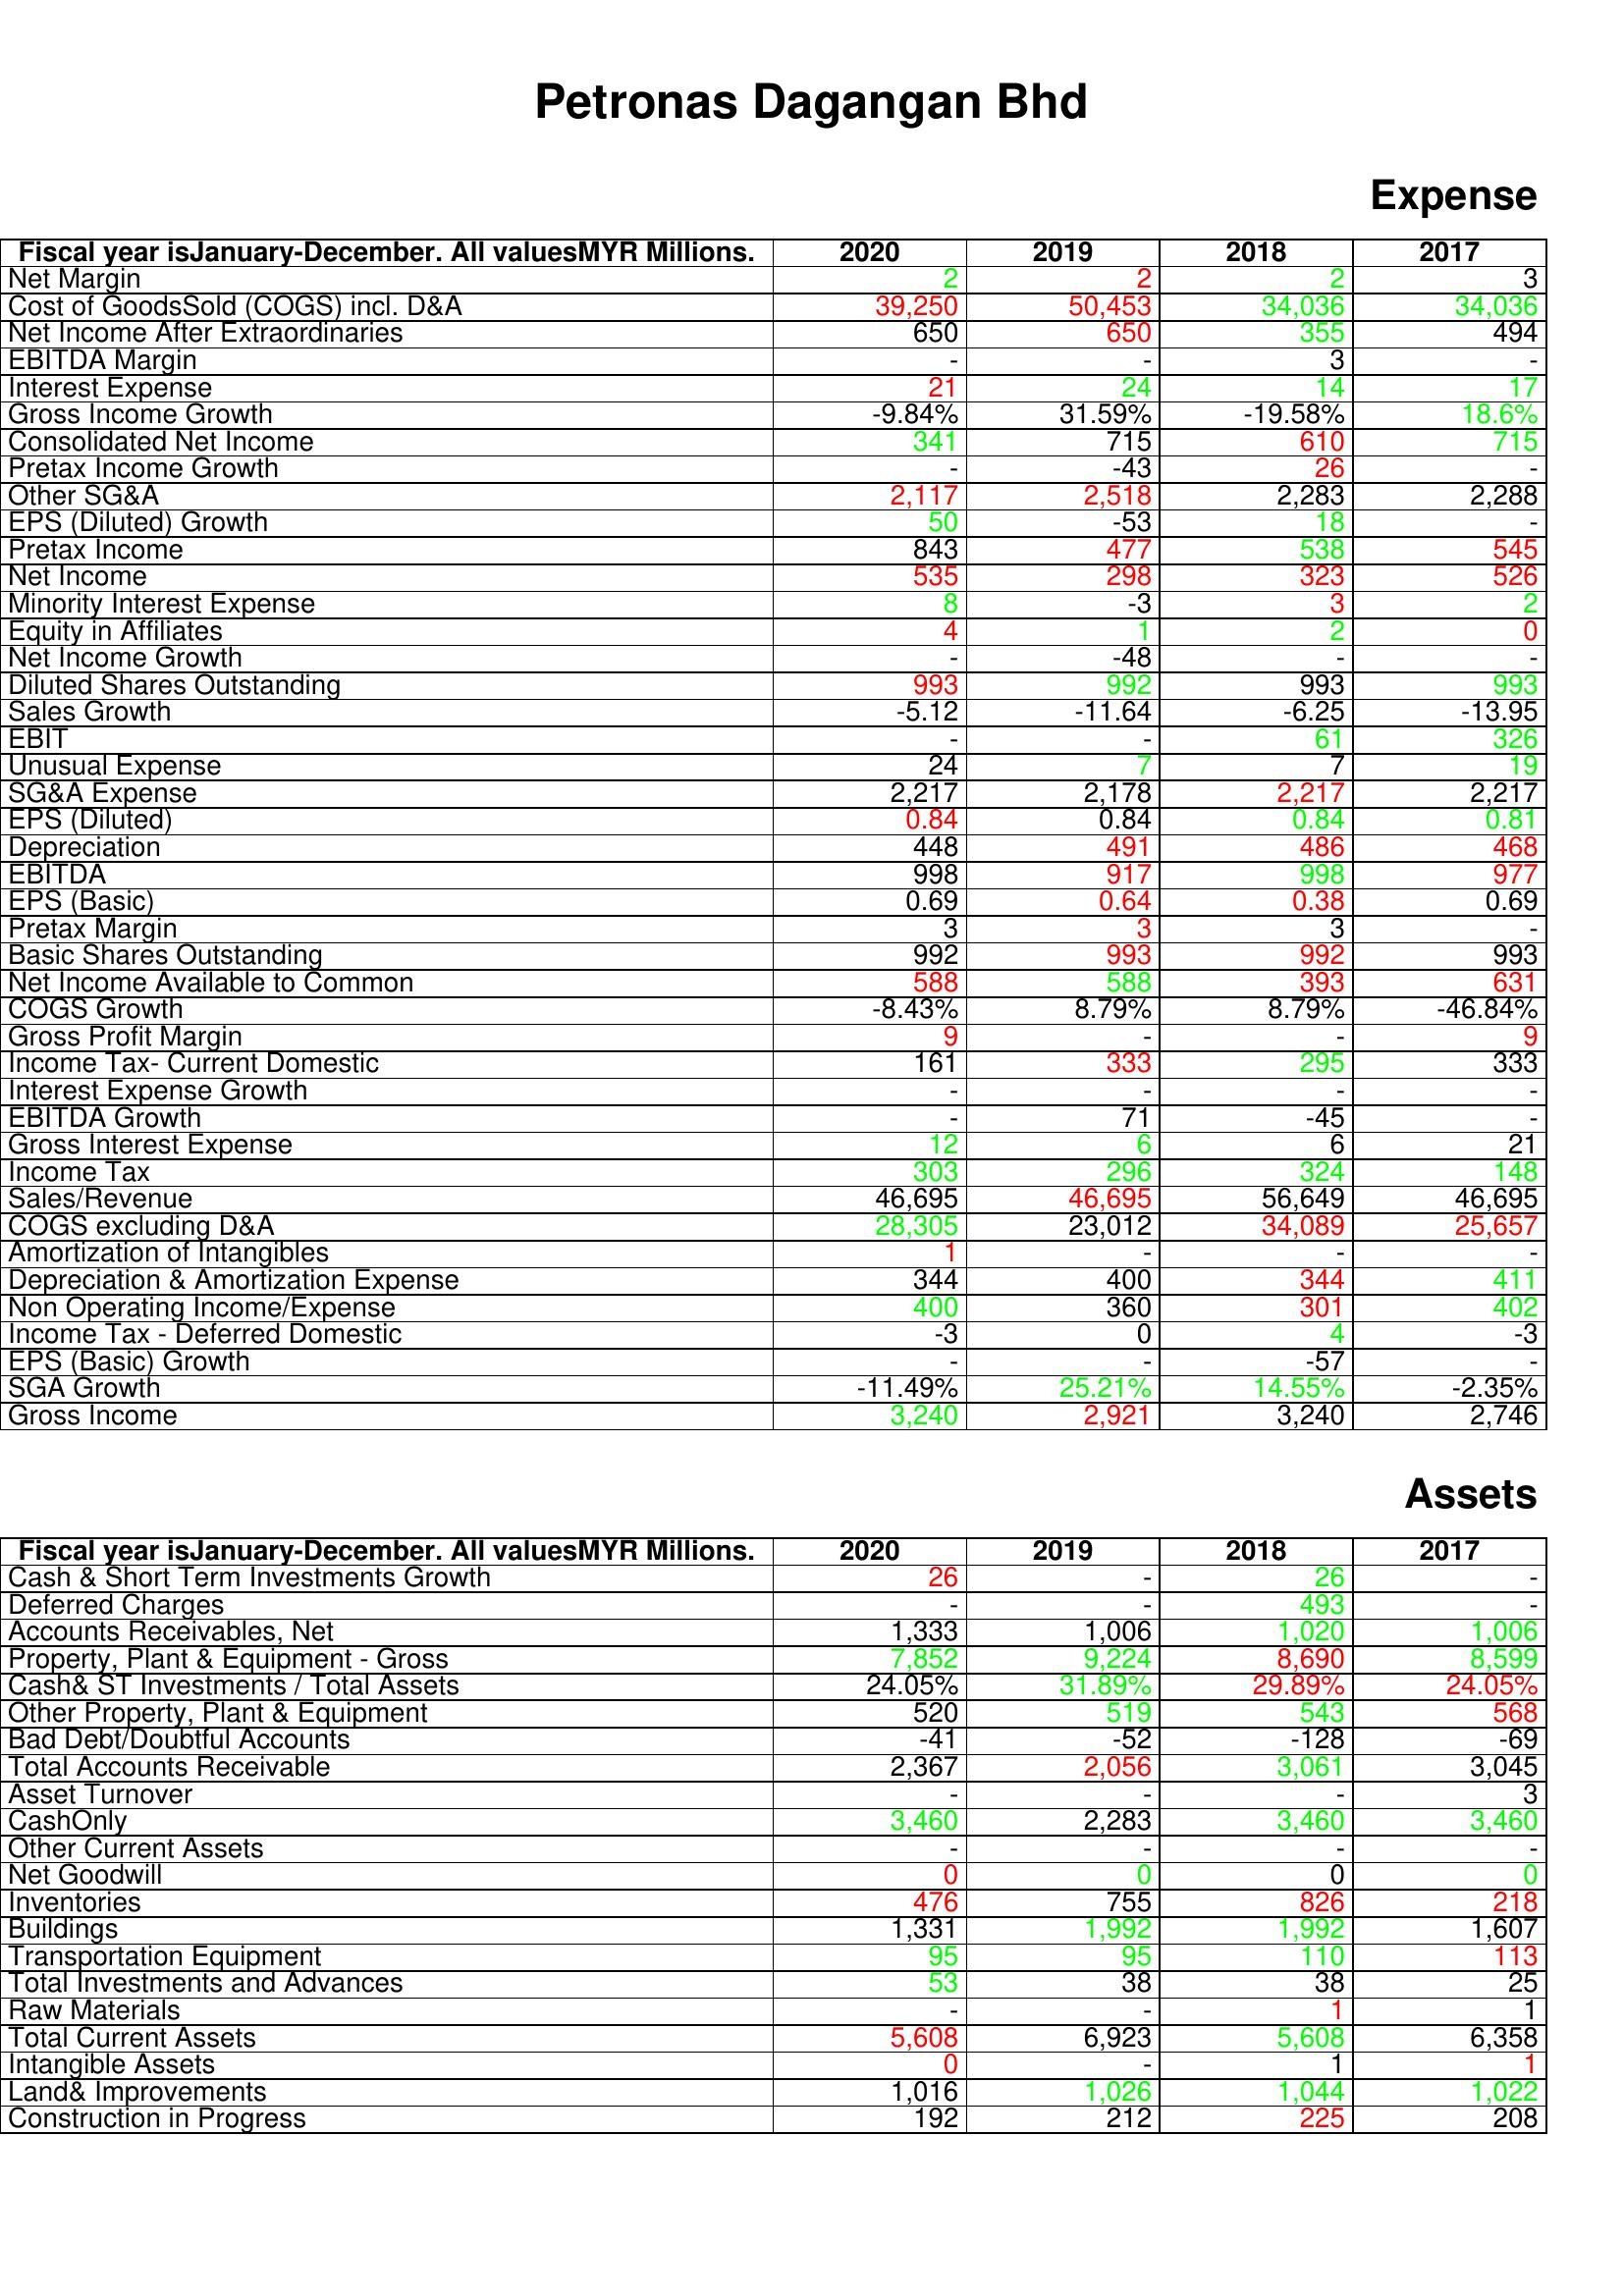
gt_parse: 2020: Expense: Net Margin: 2
Cost of GoodsSold (COGS) incl. D&A: 39,250
Net Income After Extraordinaries: 650
EBITDA Margin: -
Interest Expense: 21
Gross Income Growth: -9.84%
Consolidated Net Income: 341
Pretax Income Growth: -
Other SG&A: 2,117
EPS (Diluted) Growth: 50
Pretax Income: 843
Net Income: 535
Minority Interest Expense: 8
Equity in Affiliates: 4
Net Income Growth: -
Diluted Shares Outstanding: 993
Sales Growth: -5.12
EBIT: -
Unusual Expense: 24
SG&A Expense: 2,217
EPS (Diluted): 0.84
Depreciation: 448
EBITDA: 998
EPS (Basic): 0.69
Pretax Margin: 3
Basic Shares Outstanding: 992
Net Income Available to Common: 588
COGS Growth: -8.43%
Gross Profit Margin: 9
Income Tax- Current Domestic: 161
Interest Expense Growth: -
EBITDA Growth: -
Gross Interest Expense: 12
Income Tax: 303
Sales/Revenue: 46,695
COGS excluding D&A: 28,305
Amortization of Intangibles: 1
Depreciation & Amortization Expense: 344
Non Operating Income/Expense: 400
Income Tax - Deferred Domestic: -3
EPS (Basic) Growth: -
SGA Growth: -11.49%
Gross Income: 3,240
Assets: Cash & Short Term Investments Growth: 26
Deferred Charges: -
Accounts Receivables, Net: 1,333
Property, Plant & Equipment - Gross : 7,852
Cash& ST Investments / Total Assets: 24.05%
Other Property, Plant & Equipment: 520
Bad Debt/Doubtful Accounts: -41
Total Accounts Receivable: 2,367
Asset Turnover: -
CashOnly: 3,460
Other Current Assets: -
Net Goodwill: 0
Inventories: 476
Buildings: 1,331
Transportation Equipment: 95
Total Investments and Advances: 53
Raw Materials: -
Total Current Assets: 5,608
Intangible Assets: 0
Land& Improvements: 1,016
Construction in Progress: 192
2019: Expense: Net Margin: 2
Cost of GoodsSold (COGS) incl. D&A: 50,453
Net Income After Extraordinaries: 650
EBITDA Margin: -
Interest Expense: 24
Gross Income Growth: 31.59%
Consolidated Net Income: 715
Pretax Income Growth: -43
Other SG&A: 2,518
EPS (Diluted) Growth: -53
Pretax Income: 477
Net Income: 298
Minority Interest Expense: -3
Equity in Affiliates: 1
Net Income Growth: -48
Diluted Shares Outstanding: 992
Sales Growth: -11.64
EBIT: -
Unusual Expense: 7
SG&A Expense: 2,178
EPS (Diluted): 0.84
Depreciation: 491
EBITDA: 917
EPS (Basic): 0.64
Pretax Margin: 3
Basic Shares Outstanding: 993
Net Income Available to Common: 588
COGS Growth: 8.79%
Gross Profit Margin: -
Income Tax- Current Domestic: 333
Interest Expense Growth: -
EBITDA Growth: 71
Gross Interest Expense: 6
Income Tax: 296
Sales/Revenue: 46,695
COGS excluding D&A: 23,012
Amortization of Intangibles: -
Depreciation & Amortization Expense: 400
Non Operating Income/Expense: 360
Income Tax - Deferred Domestic: 0
EPS (Basic) Growth: -
SGA Growth: 25.21%
Gross Income: 2,921
Assets: Cash & Short Term Investments Growth: -
Deferred Charges: -
Accounts Receivables, Net: 1,006
Property, Plant & Equipment - Gross : 9,224
Cash& ST Investments / Total Assets: 31.89%
Other Property, Plant & Equipment: 519
Bad Debt/Doubtful Accounts: -52
Total Accounts Receivable: 2,056
Asset Turnover: -
CashOnly: 2,283
Other Current Assets: -
Net Goodwill: 0
Inventories: 755
Buildings: 1,992
Transportation Equipment: 95
Total Investments and Advances: 38
Raw Materials: -
Total Current Assets: 6,923
Intangible Assets: -
Land& Improvements: 1,026
Construction in Progress: 212
2018: Expense: Net Margin: 2
Cost of GoodsSold (COGS) incl. D&A: 34,036
Net Income After Extraordinaries: 355
EBITDA Margin: 3
Interest Expense: 14
Gross Income Growth: -19.58%
Consolidated Net Income: 610
Pretax Income Growth: 26
Other SG&A: 2,283
EPS (Diluted) Growth: 18
Pretax Income: 538
Net Income: 323
Minority Interest Expense: 3
Equity in Affiliates: 2
Net Income Growth: -
Diluted Shares Outstanding: 993
Sales Growth: -6.25
EBIT: 61
Unusual Expense: 7
SG&A Expense: 2,217
EPS (Diluted): 0.84
Depreciation: 486
EBITDA: 998
EPS (Basic): 0.38
Pretax Margin: 3
Basic Shares Outstanding: 992
Net Income Available to Common: 393
COGS Growth: 8.79%
Gross Profit Margin: -
Income Tax- Current Domestic: 295
Interest Expense Growth: -
EBITDA Growth: -45
Gross Interest Expense: 6
Income Tax: 324
Sales/Revenue: 56,649
COGS excluding D&A: 34,089
Amortization of Intangibles: -
Depreciation & Amortization Expense: 344
Non Operating Income/Expense: 301
Income Tax - Deferred Domestic: 4
EPS (Basic) Growth: -57
SGA Growth: 14.55%
Gross Income: 3,240
Assets: Cash & Short Term Investments Growth: 26
Deferred Charges: 493
Accounts Receivables, Net: 1,020
Property, Plant & Equipment - Gross : 8,690
Cash& ST Investments / Total Assets: 29.89%
Other Property, Plant & Equipment: 543
Bad Debt/Doubtful Accounts: -128
Total Accounts Receivable: 3,061
Asset Turnover: -
CashOnly: 3,460
Other Current Assets: -
Net Goodwill: 0
Inventories: 826
Buildings: 1,992
Transportation Equipment: 110
Total Investments and Advances: 38
Raw Materials: 1
Total Current Assets: 5,608
Intangible Assets: 1
Land& Improvements: 1,044
Construction in Progress: 225
2017: Expense: Net Margin: 3
Cost of GoodsSold (COGS) incl. D&A: 34,036
Net Income After Extraordinaries: 494
EBITDA Margin: -
Interest Expense: 17
Gross Income Growth: 18.6%
Consolidated Net Income: 715
Pretax Income Growth: -
Other SG&A: 2,288
EPS (Diluted) Growth: -
Pretax Income: 545
Net Income: 526
Minority Interest Expense: 2
Equity in Affiliates: 0
Net Income Growth: -
Diluted Shares Outstanding: 993
Sales Growth: -13.95
EBIT: 326
Unusual Expense: 19
SG&A Expense: 2,217
EPS (Diluted): 0.81
Depreciation: 468
EBITDA: 977
EPS (Basic): 0.69
Pretax Margin: -
Basic Shares Outstanding: 993
Net Income Available to Common: 631
COGS Growth: -46.84%
Gross Profit Margin: 9
Income Tax- Current Domestic: 333
Interest Expense Growth: -
EBITDA Growth: -
Gross Interest Expense: 21
Income Tax: 148
Sales/Revenue: 46,695
COGS excluding D&A: 25,657
Amortization of Intangibles: -
Depreciation & Amortization Expense: 411
Non Operating Income/Expense: 402
Income Tax - Deferred Domestic: -3
EPS (Basic) Growth: -
SGA Growth: -2.35%
Gross Income: 2,746
Assets: Cash & Short Term Investments Growth: -
Deferred Charges: -
Accounts Receivables, Net: 1,006
Property, Plant & Equipment - Gross : 8,599
Cash& ST Investments / Total Assets: 24.05%
Other Property, Plant & Equipment: 568
Bad Debt/Doubtful Accounts: -69
Total Accounts Receivable: 3,045
Asset Turnover: 3
CashOnly: 3,460
Other Current Assets: -
Net Goodwill: 0
Inventories: 218
Buildings: 1,607
Transportation Equipment: 113
Total Investments and Advances: 25
Raw Materials: 1
Total Current Assets: 6,358
Intangible Assets: 1
Land& Improvements: 1,022
Construction in Progress: 208